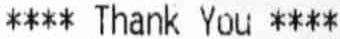
**** THANK YOU ****